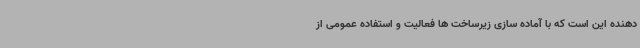
دهنده این است که با آماده سازی زیرساخت ها فعالیت و استفاده عمومی از